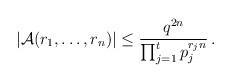
LaTeX: \begin{align*} |\mathcal{A}(r_1,\dots,r_n)| \le \frac{q^{2n}}{\prod_{j=1}^t p^{r_j n}_j} \,.\end{align*}